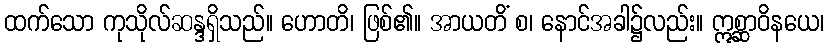
ထက်သော ကုသိုလ်ဆန္ဒရှိသည်။ ဟောတိ၊ ဖြစ်၏။ အာယတိံ စ၊ နောင်အခါ၌လည်း။ ဣစ္ဆာဝိနယေ၊